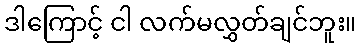
ဒါကြောင့် ငါ လက်မလွှတ်ချင်ဘူး။